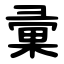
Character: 彚